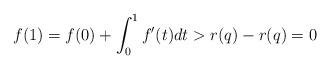
LaTeX: \begin{align*}f(1) = f(0) + \int_{0}^{1} f^\prime(t) dt > r(q) - r(q) = 0\end{align*}